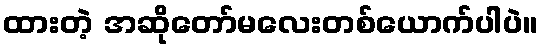
ထားတဲ့ အဆိုတော်မလေးတစ်ယောက်ပါပဲ။